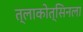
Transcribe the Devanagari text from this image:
त्लाकोत्सिनला